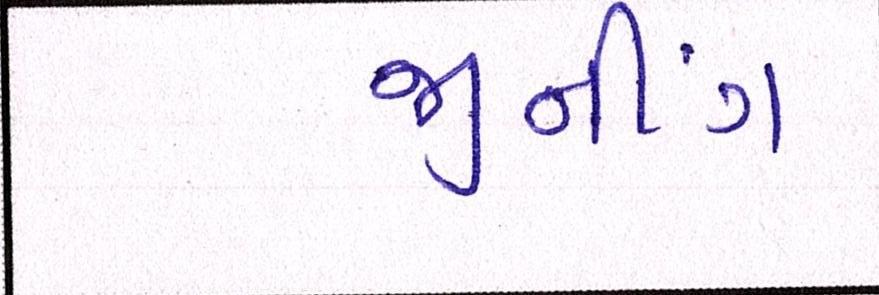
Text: જીનીંગ